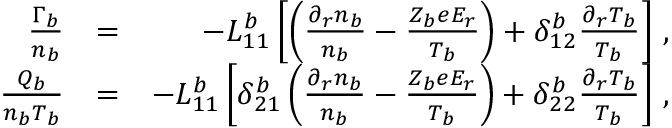
\begin{array} { r l r } { \frac { \Gamma _ { b } } { n _ { b } } } & { = } & { - L _ { 1 1 } ^ { b } \left[ \left( \frac { \partial _ { r } n _ { b } } { n _ { b } } - \frac { Z _ { b } e E _ { r } } { T _ { b } } \right) + \delta _ { 1 2 } ^ { b } \frac { \partial _ { r } T _ { b } } { T _ { b } } \right] \, , } \\ { \frac { Q _ { b } } { n _ { b } T _ { b } } } & { = } & { - L _ { 1 1 } ^ { b } \left[ \delta _ { 2 1 } ^ { b } \left( \frac { \partial _ { r } n _ { b } } { n _ { b } } - \frac { Z _ { b } e E _ { r } } { T _ { b } } \right) + \delta _ { 2 2 } ^ { b } \frac { \partial _ { r } T _ { b } } { T _ { b } } \right] \, , } \end{array}